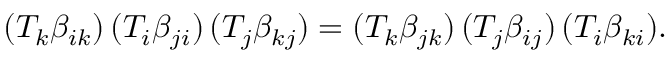
( T _ { k } \beta _ { i k } ) \, ( T _ { i } \beta _ { j i } ) \, ( T _ { j } \beta _ { k j } ) = ( T _ { k } \beta _ { j k } ) \, ( T _ { j } \beta _ { i j } ) \, ( T _ { i } \beta _ { k i } ) .